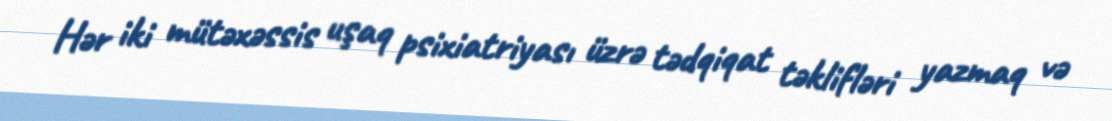
Hər iki mütəxəssis uşaq psixiatriyası üzrə tədqiqat təklifləri yazmaq və